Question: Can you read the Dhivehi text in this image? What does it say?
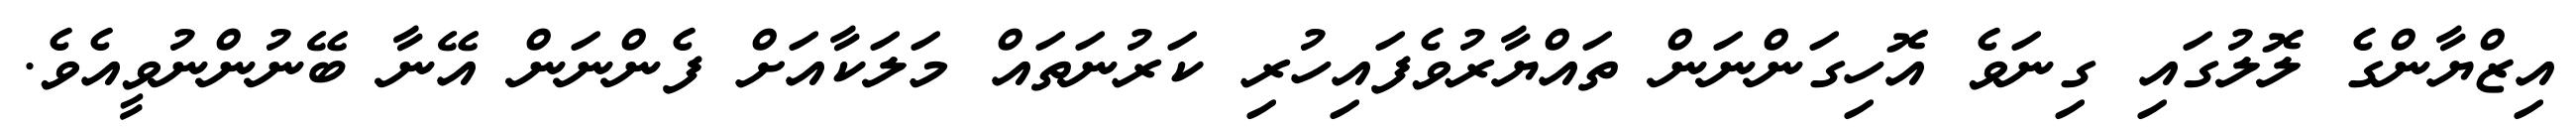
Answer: އިޒްޔާންގެ ލޮލުގައި ގިނަވެ އޮހިގަންނަން ތައްޔާރުވެފައިހުރި ކަރުނަތައް މަލަކާއަށް ފެންނަން އޭނާ ބޭނުންނުވީއެވެ.